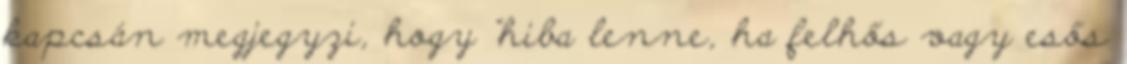
kapcsán megjegyzi, hogy "hiba lenne, ha felhős vagy esős